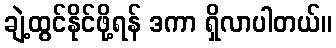
ချဲ့ထွင်နိုင်ဖို့ရန် ဒကာ ရှိလာပါတယ်။